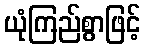
ယုံကြည်စွာဖြင့်